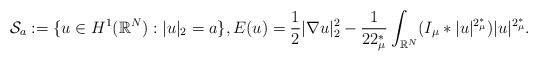
LaTeX: \begin{align*}\mathcal{S}_a:=\{u\in H^1(\mathbb{R}^N):|u|_2=a\},E(u)=\frac12|\nabla u|^2_2-\frac{1}{22^*_\mu}\int_{\mathbb{R}^N}(I_\mu\ast|u|^{2^*_\mu})|u|^{2^*_\mu}.\end{align*}